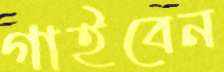
গাইবেন